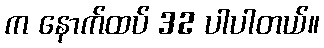
က နောက်ထပ် 32 ပါပါတယ်။